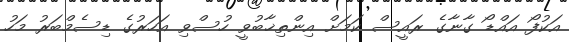
އަކުފޯ އައްޑޯ ގާނާގެ ރައީސް ކަމަށް އިންތިޚާބުވީ ހުސްވި އަހަރުގެ ޑިސެމްބަރު މަހު